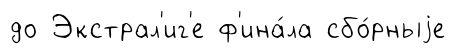
до Экстрал'иг'е ф'ина́ла сбо́рныjе